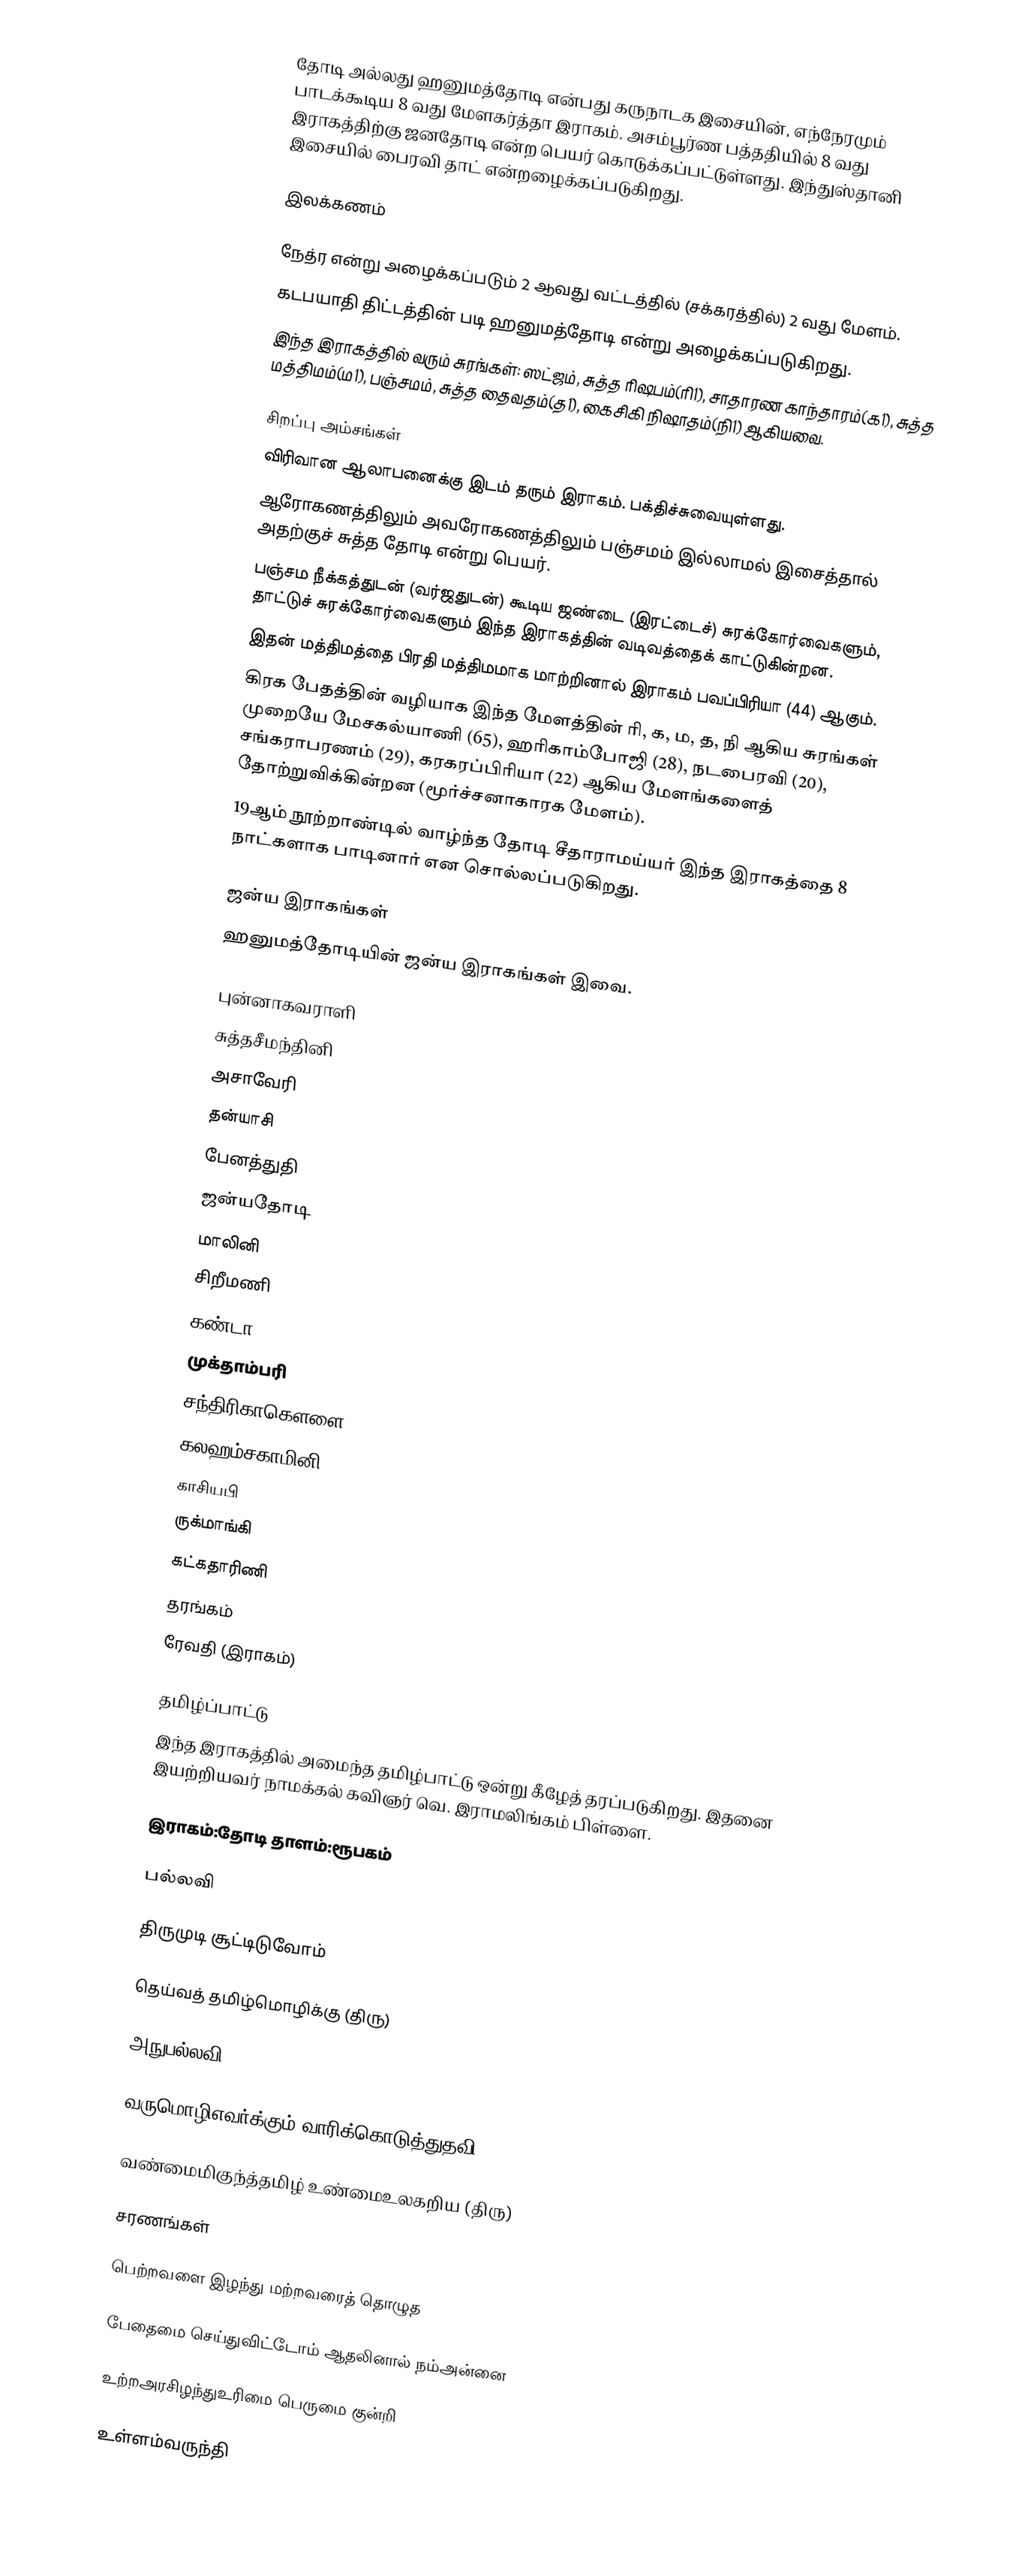
தோடி அல்லது ஹனுமத்தோடி என்பது கருநாடக இசையின், எந்நேரமும் பாடக்கூடிய 8 வது மேளகர்த்தா இராகம். அசம்பூர்ண பத்ததியில் 8 வது இராகத்திற்கு ஜனதோடி என்ற பெயர் கொடுக்கப்பட்டுள்ளது. இந்துஸ்தானி இசையில் பைரவி தாட் என்றழைக்கப்படுகிறது.

இலக்கணம்

 நேத்ர என்று அழைக்கப்படும் 2 ஆவது வட்டத்தில் (சக்கரத்தில்) 2 வது மேளம்.
 கடபயாதி திட்டத்தின் படி ஹனுமத்தோடி என்று அழைக்கப்படுகிறது.
 இந்த இராகத்தில் வரும் சுரங்கள்: ஸட்ஜம், சுத்த ரிஷபம்(ரி1), சாதாரண காந்தாரம்(க1), சுத்த மத்திமம்(ம1), பஞ்சமம், சுத்த தைவதம்(த1), கைசிகி நிஷாதம்(நி1) ஆகியவை.

சிறப்பு அம்சங்கள்
 விரிவான ஆலாபனைக்கு இடம் தரும் இராகம். பக்திச்சுவையுள்ளது.
 ஆரோகணத்திலும் அவரோகணத்திலும் பஞ்சமம் இல்லாமல் இசைத்தால் அதற்குச் சுத்த தோடி என்று பெயர்.
 பஞ்சம நீக்கத்துடன் (வர்ஜதுடன்) கூடிய ஜண்டை (இரட்டைச்) சுரக்கோர்வைகளும், தாட்டுச் சுரக்கோர்வைகளும் இந்த இராகத்தின் வடிவத்தைக் காட்டுகின்றன.
 இதன் மத்திமத்தை பிரதி மத்திமமாக மாற்றினால் இராகம் பவப்பிரியா (44) ஆகும்.
 கிரக பேதத்தின் வழியாக இந்த மேளத்தின் ரி, க, ம, த, நி ஆகிய சுரங்கள் முறையே மேசகல்யாணி (65), ஹரிகாம்போஜி (28), நடபைரவி (20), சங்கராபரணம் (29), கரகரப்பிரியா (22) ஆகிய மேளங்களைத் தோற்றுவிக்கின்றன (மூர்ச்சனாகாரக மேளம்).
 19ஆம் நூற்றாண்டில் வாழ்ந்த தோடி சீதாராமய்யர் இந்த இராகத்தை 8 நாட்களாக பாடினார் என சொல்லப்படுகிறது.

ஜன்ய இராகங்கள்
ஹனுமத்தோடியின்  ஜன்ய இராகங்கள் இவை.

 புன்னாகவராளி
 சுத்தசீமந்தினி
 அசாவேரி
 தன்யாசி
 பேனத்துதி
 ஜன்யதோடி
 மாலினி
 சிறீமணி
 கண்டா
 முக்தாம்பரி
 சந்திரிகாகௌளை
 கலஹம்சகாமினி
 காசியபி
 ருக்மாங்கி
 கட்கதாரிணி
 தரங்கம்
ரேவதி (இராகம்)

தமிழ்ப்பாட்டு
இந்த இராகத்தில் அமைந்த தமிழ்பாட்டு ஒன்று கீழேத் தரப்படுகிறது. இதனை இயற்றியவர் நாமக்கல் கவிஞர் வெ. இராமலிங்கம் பிள்ளை.

இராகம்:தோடி                                             தாளம்:ரூபகம்

பல்லவி

திருமுடி சூட்டிடுவோம்

தெய்வத் தமிழ்மொழிக்கு              (திரு)

அநுபல்லவி

வருமொழிஎவர்க்கும் வாரிக்கொடுத்துதவி

வண்மைமிகுந்த்தமிழ் உண்மைஉலகறிய    (திரு)

சரணங்கள்

பெற்றவளை இழந்து மற்றவரைத் தொழுத

பேதைமை செய்துவிட்டோம் ஆதலினால் நம்அன்னை

உற்றஅரசிழந்துஉரிமை பெருமை குன்றி

உள்ளம்வருந்தி